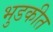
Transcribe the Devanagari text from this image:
भुडकीत